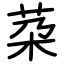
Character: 䒳